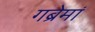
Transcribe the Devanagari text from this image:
गब्रेमां